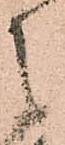
之